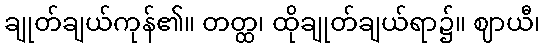
ချုတ်ချယ်ကုန်၏။ တတ္ထ၊ ထိုချုတ်ချယ်ရာ၌။ ဈာယီ၊